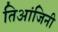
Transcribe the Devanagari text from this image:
तिआंजिनी